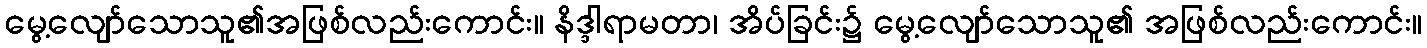
မွေ့လျော်သောသူ၏အဖြစ်လည်းကောင်း။ နိဒ္ဒါရာမတာ၊ အိပ်ခြင်း၌ မွေ့လျော်သောသူ၏ အဖြစ်လည်းကောင်း။